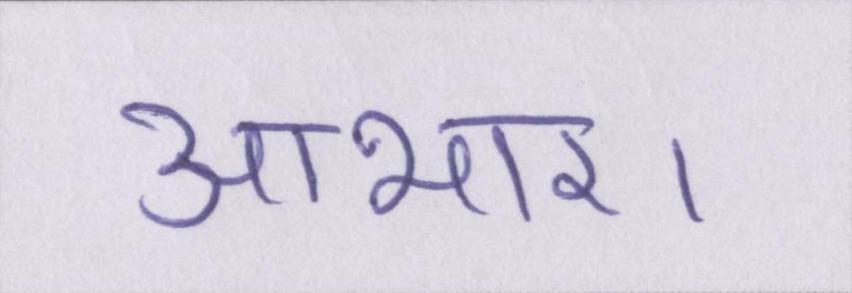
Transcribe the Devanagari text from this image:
आभार।